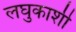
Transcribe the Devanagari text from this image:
लघुकाशी